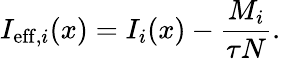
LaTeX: I_{\mathrm{eff},i}(x)=I_{i}(x)-\frac{M_{i}}{\tau N}.